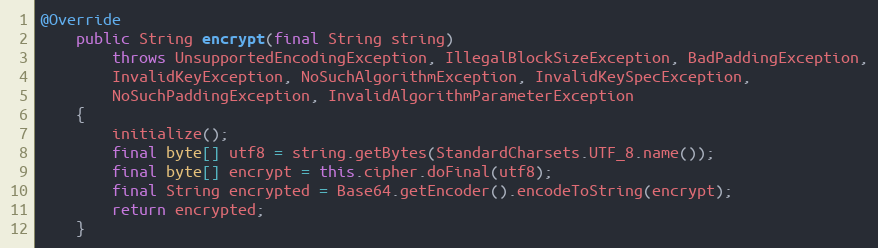
Language: Java
@Override
	public String encrypt(final String string)
		throws UnsupportedEncodingException, IllegalBlockSizeException, BadPaddingException,
		InvalidKeyException, NoSuchAlgorithmException, InvalidKeySpecException,
		NoSuchPaddingException, InvalidAlgorithmParameterException
	{
		initialize();
		final byte[] utf8 = string.getBytes(StandardCharsets.UTF_8.name());
		final byte[] encrypt = this.cipher.doFinal(utf8);
		final String encrypted = Base64.getEncoder().encodeToString(encrypt);
		return encrypted;
	}